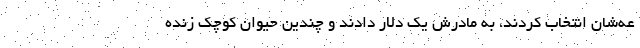
عه‌شان انتخاب کردند، به مادرش یک دلار دادند و چندین حیوان کوچک زنده